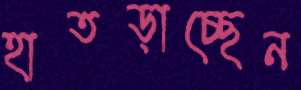
হাতড়াচ্ছেন